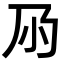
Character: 𡭘